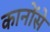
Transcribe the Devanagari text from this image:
कानोंसे